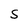
Character: S